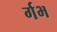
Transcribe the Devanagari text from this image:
र्गभ